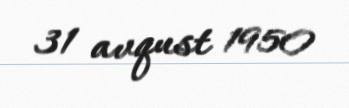
31 avqust 1950